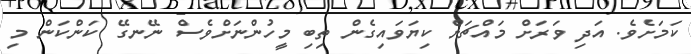
ކަމަށެވެ. އަދި ވަރަށް މައްޗަށް ކިޔަވައިގެން ތިބި މީހުންނަށްވެސް ނޭނގޭ ކަންކަން މި